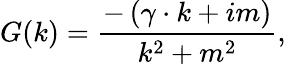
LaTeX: G(k)=\frac{-\left(\gamma\cdot k+im\right)}{k^{2}+m^{2}},